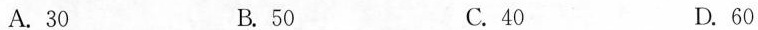
A.30 B.50 C.40 D.60